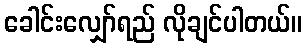
ခေါင်းလျှော်ရည် လိုချင်ပါတယ်။